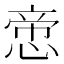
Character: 𢝃